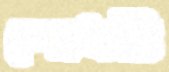
শোধটি